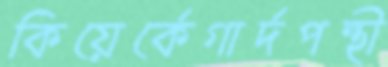
কিয়ের্কেগার্দপন্থী